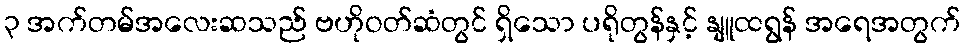
၃ အက်တမ်အလေးဆသည် ဗဟိုဝတ်ဆံတွင် ရှိသော ပရိုတွန်နှင့် နျူထရွန် အရေအတွက်